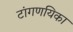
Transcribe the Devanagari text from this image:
टांगणयिका